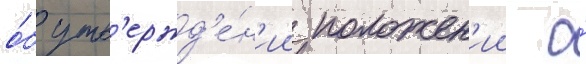
о́б утв'ержд'е́н'ии положен'ии о́